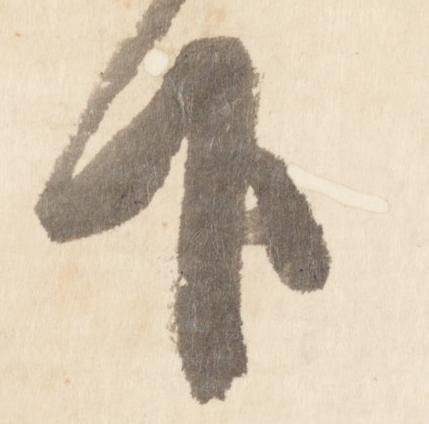
下